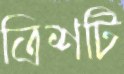
ত্রিশটি